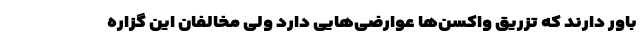
باور دارند که تزریق واکسن‌ها عوارضی‌هایی دارد ولی مخالفان این گزاره